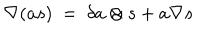
LaTeX: \nabla ( a s ) \ = \ \delta a \otimes s + a \nabla s